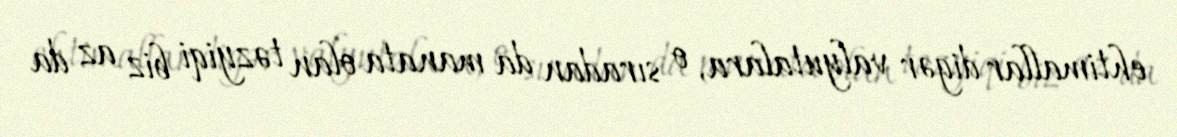
ehtimallar digər valyutalara, o sıradan da manata olan təzyiqi biz az da